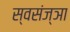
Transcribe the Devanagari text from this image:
स्वसंज्ञा